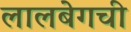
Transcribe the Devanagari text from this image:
लालबेगची